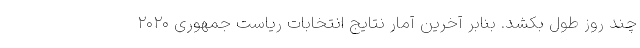
چند روز طول بکشد. بنابر آخرین آمار نتایج انتخابات ریاست جمهوری ۲۰۲۰